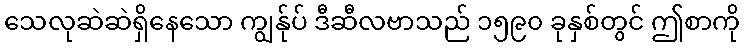
သေလုဆဲဆဲရှိနေသော ကျွန်ုပ် ဒီဆီလဗာသည် ၁၅၉၀ ခုနှစ်တွင် ဤစာကို